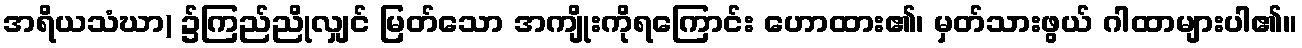
အရိယသံဃာ) ၌ကြည်ညိုလျှင် မြတ်သော အကျိုးကိုရကြောင်း ဟောထား၏၊ မှတ်သားဖွယ် ဂါထာများပါ၏။